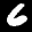
Label: 6